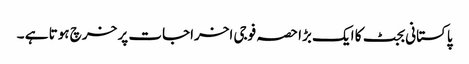
پاکستانی بجٹ کا ایک بڑا حصہ فوجی اخراجات پر خرچ ہوتا ہے ۔